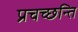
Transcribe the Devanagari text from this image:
प्रचच्छन्ति